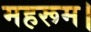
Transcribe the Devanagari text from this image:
महरूम।